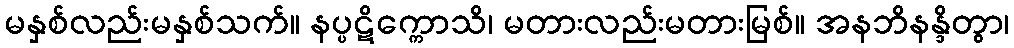
မနှစ်လည်းမနှစ်သက်။ နပ္ပဋိက္ကောသိ၊ မတားလည်းမတားမြစ်။ အနဘိနန္ဒိတွာ၊